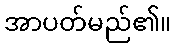
အာပတ်မည်၏။